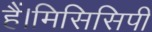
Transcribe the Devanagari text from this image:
हैं।मिसिसिपी